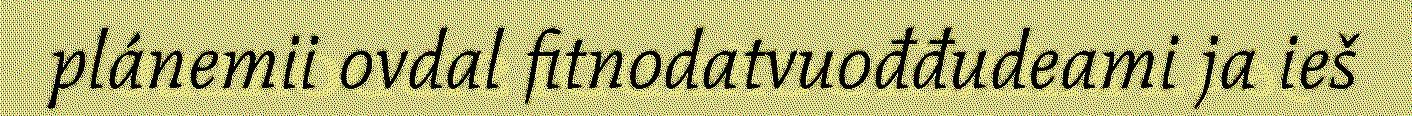
plánemii ovdal fitnodatvuođđudeami ja ieš